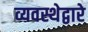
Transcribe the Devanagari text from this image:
व्यवस्थेद्वारे